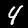
Label: 4